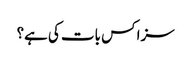
سزا کس بات کی ہے؟